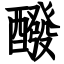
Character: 醱